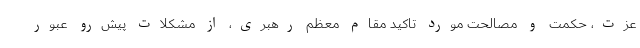
عزت، حکمت و مصالحت مورد تاکید مقام معظم رهبری، از مشکلات پیش‌رو عبور